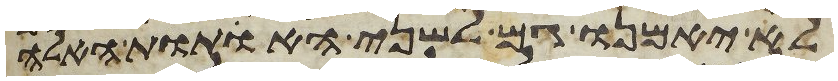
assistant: לא יאמנו גם לשני האתות האלה